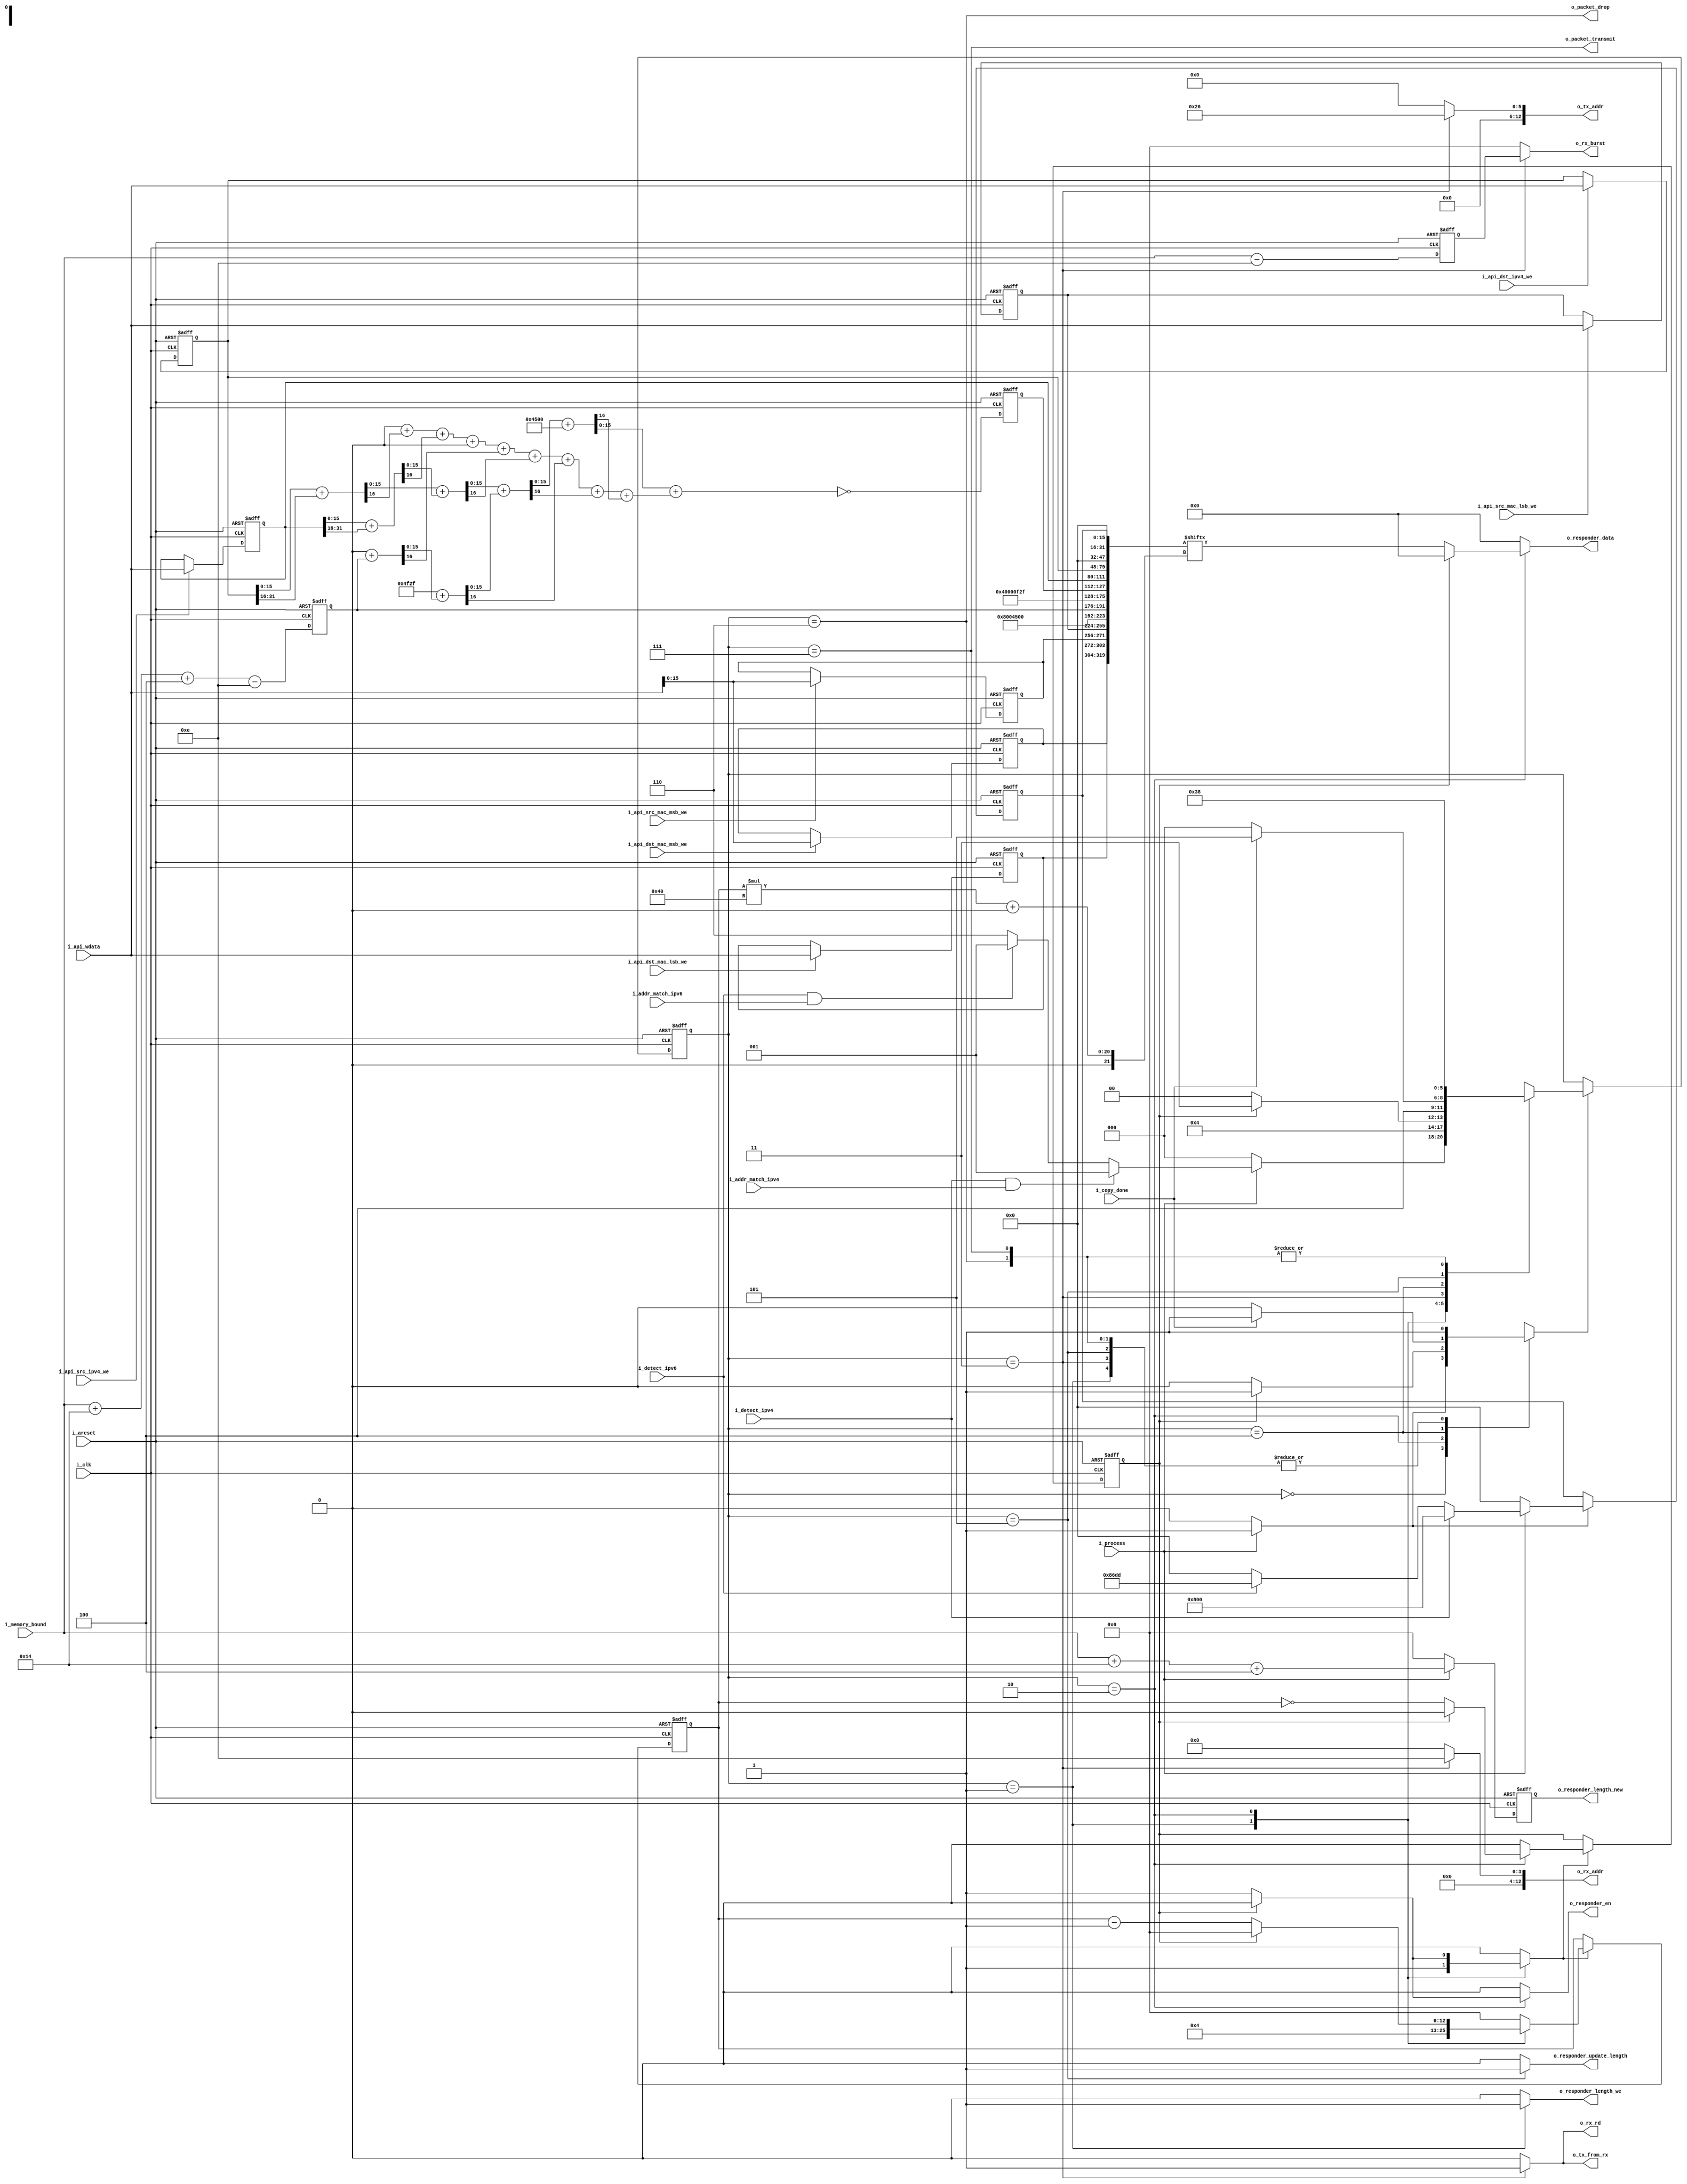
//======================================================================
//
// ctrl_gre.v
// ----------
// Control for the default packets GRE wrapping functionality.
//
//
//
//
// Copyright 2019 Netnod Internet Exchange i Sverige AB
//
// Redistribution and use in source and binary forms, with or without
// modification, are permitted provided that the following conditions
// are met:
//
// 1. Redistributions of source code must retain the above copyright
//    notice, this list of conditions and the following disclaimer.
//
// 2. Redistributions in binary form must reproduce the above copyright
//    notice, this list of conditions and the following disclaimer in
//    the documentation and/or other materials provided with the
//    distribution.
//
// 3. Neither the name of the copyright holder nor the names of its
//    contributors may be used to endorse or promote products derived
//    from this software without specific prior written permission.
//
// THIS SOFTWARE IS PROVIDED BY THE COPYRIGHT HOLDERS AND CONTRIBUTORS
// "AS IS" AND ANY EXPRESS OR IMPLIED WARRANTIES, INCLUDING, BUT NOT
// LIMITED TO, THE IMPLIED WARRANTIES OF MERCHANTABILITY AND FITNESS
// FOR A PARTICULAR PURPOSE ARE DISCLAIMED. IN NO EVENT SHALL THE
// COPYRIGHT HOLDER OR CONTRIBUTORS BE LIABLE FOR ANY DIRECT, INDIRECT,
// INCIDENTAL, SPECIAL, EXEMPLARY, OR CONSEQUENTIAL DAMAGES (INCLUDING,
// BUT NOT LIMITED TO, PROCUREMENT OF SUBSTITUTE GOODS OR SERVICES;
// LOSS OF USE, DATA, OR PROFITS; OR BUSINESS INTERRUPTION) HOWEVER
// CAUSED AND ON ANY THEORY OF LIABILITY, WHETHER IN CONTRACT, STRICT
// LIABILITY, OR TORT (INCLUDING NEGLIGENCE OR OTHERWISE) ARISING IN
// ANY WAY OUT OF THE USE OF THIS SOFTWARE, EVEN IF ADVISED OF THE
// POSSIBILITY OF SUCH DAMAGE.
//
//======================================================================

module ctrl_gre #(
  parameter ADDR_WIDTH = 10
) (
  input i_clk,
  input i_areset,

  input i_detect_ipv4,
  input i_detect_ipv6,
  input i_addr_match_ipv4,
  input i_addr_match_ipv6,

  input        i_api_dst_mac_msb_we,
  input        i_api_dst_mac_lsb_we,
  input        i_api_dst_ipv4_we,
  input        i_api_src_mac_msb_we,
  input        i_api_src_mac_lsb_we,
  input        i_api_src_ipv4_we,
  input [31:0] i_api_wdata,

  input                     i_process,

  input  [ADDR_WIDTH+3-1:0] i_memory_bound,
  input                     i_copy_done,

  output                    o_rx_rd,
  output [ADDR_WIDTH+3-1:0] o_rx_addr,
  output [ADDR_WIDTH+3-1:0] o_rx_burst,

  output [ADDR_WIDTH+3-1:0] o_tx_addr,
  output                    o_tx_from_rx,

  output                    o_responder_en,
  output             [63:0] o_responder_data,
  output                    o_responder_update_length,
  output                    o_responder_length_we,
  output [ADDR_WIDTH+3-1:0] o_responder_length_new,

  output o_packet_transmit,
  output o_packet_drop
);

  //----------------------------------------------------------------
  // Internal constant and parameter definitions.
  //----------------------------------------------------------------

  localparam BITS_STATE = 3;
  localparam [BITS_STATE-1:0] STATE_IDLE          = 3'h0;
  localparam [BITS_STATE-1:0] STATE_INIT          = 3'h1;
  localparam [BITS_STATE-1:0] STATE_RESPOND       = 3'h2;
  localparam [BITS_STATE-1:0] STATE_COPY          = 3'h3;
  localparam [BITS_STATE-1:0] STATE_COPY_D        = 3'h4;
  localparam [BITS_STATE-1:0] STATE_UPDATE_LENGTH = 3'h5;
  localparam [BITS_STATE-1:0] STATE_DROP          = 3'h6;
  localparam [BITS_STATE-1:0] STATE_TRANSMIT      = 3'h7;

  localparam [15:0] E_TYPE_IPV4 =  16'h08_00;
  localparam [15:0] E_TYPE_IPV6 =  16'h86_DD;

  localparam [3:0] IP_V4        =  4'h4;
  localparam  [7:0] IPV4_TOS     = 0;
  localparam  [2:0] IPV4_FLAGS   = 3'b010; // Reserved=0, must be zero. DF=1 (don't fragment). MF=0 (Last Fragment)
  localparam  [7:0] IPV4_TTL     = 8'h0f;
  localparam [12:0] IPV4_FRAGMENT_OFFSET = 0;

  localparam  [7:0] IP_PROTO_GRE = 47;

  localparam [ 0:0] GRE_CHECKSUM_PRESENT_FALSE = 0;
  localparam [11:0] GRE_RESERVED0_ALL_ZERO = 0;
  localparam  [2:0] GRE_VERSION_0 = 0;

  localparam HEADER_LENGTH_ETHERNET = 6+6+2;
  localparam HEADER_LENGTH_IPV4     = 5*4; //IHL=5, word size 4 bytes.
  localparam HEADER_LENGTH_GRE      = 4;

  localparam OFFSET_GRE_PAYLOAD     = HEADER_LENGTH_ETHERNET + HEADER_LENGTH_IPV4 + HEADER_LENGTH_GRE;


  //----------------------------------------------------------------
  // Registers
  //----------------------------------------------------------------

  reg                  state_we;
  reg [BITS_STATE-1:0] state_new;
  reg [BITS_STATE-1:0] state_reg;

  reg    [31:0] mac_dst_lsb_reg;
  reg    [15:0] mac_dst_msb_reg;
  wire   [47:0] mac_dst;
  assign        mac_dst = { mac_dst_msb_reg, mac_dst_lsb_reg };

  reg    [31:0] mac_src_lsb_reg;
  reg    [15:0] mac_src_msb_reg;
  wire   [47:0] mac_src;
  assign        mac_src = { mac_src_msb_reg, mac_src_lsb_reg };

  reg [31:0] ip_dst_reg;
  reg [31:0] ip_src_reg;

  reg        gre_protocol_we;
  reg [15:0] gre_protocol_new;
  reg [15:0] gre_protocol_reg;

  reg respond_done_we;
  reg respond_done_new;
  reg respond_done_reg;

  reg [15:0] tx_ipv4_totlen_new;
  reg [15:0] tx_ipv4_totlen_reg;

  reg [15:0] tx_ipv4_csum_new;
  reg [15:0] tx_ipv4_csum_reg;

  reg                          response_en_new;
  reg                   [63:0] response_data_new;
  reg                          response_length_we;
  reg       [ADDR_WIDTH+3-1:0] response_packet_total_length_new;
  reg       [ADDR_WIDTH+3-1:0] response_packet_total_length_reg;

  reg                          responder_update_length;
  reg                    respond_ctr_we;
  reg [ADDR_WIDTH+3-1:0] respond_ctr_new;
  reg [ADDR_WIDTH+3-1:0] respond_ctr_reg;

  wire    [111:0] tx_header_ethernet;
  wire [16*5-1:0] tx_header_ipv4_nocsum0;
  wire [16*4-1:0] tx_header_ipv4_nocsum1;
  wire [32*5-1:0] tx_header_ipv4;
  wire     [31:0] tx_header_gre;
  wire [38*8-1:0] tx_header_eth_ipv4_gre;
  wire    [319:0] tx_header_eth_ipv4_gre_padded;

  reg                    rx_rd;
  reg [ADDR_WIDTH+3-1:0] rx_addr;
  reg [ADDR_WIDTH+3-1:0] rx_burst;

  reg [ADDR_WIDTH+3-1:0] tx_addr;
  reg                    tx_from_rx;

  reg [ADDR_WIDTH+3-1:0] bytes_to_copy_new;
  reg [ADDR_WIDTH+3-1:0] bytes_to_copy_reg;

  //----------------------------------------------------------------
  // Responder (TX delayed) outputs
  //----------------------------------------------------------------

  assign o_responder_en = response_en_new;
  assign o_responder_data = response_data_new;
  assign o_responder_length_we = response_length_we;
  assign o_responder_length_new = response_packet_total_length_reg;
  assign o_responder_update_length = responder_update_length;

  //----------------------------------------------------------------
  // RX access port outs
  //----------------------------------------------------------------

  assign o_rx_rd = rx_rd;
  assign o_rx_addr = rx_addr;
  assign o_rx_burst = rx_burst;

  //----------------------------------------------------------------
  // TX outs
  //----------------------------------------------------------------

  assign o_tx_addr = tx_addr;
  assign o_tx_from_rx = tx_from_rx;

  //----------------------------------------------------------------
  // State outs
  //----------------------------------------------------------------

  assign o_packet_transmit = state_reg == STATE_TRANSMIT;
  assign o_packet_drop     = state_reg == STATE_DROP;

  //----------------------------------------------------------------
  // Functions
  //----------------------------------------------------------------

  function [16:0] calc_csum16 ( input [15:0] a, input [15:0] b );
    calc_csum16 = { 1'b0, a } + { 1'b0, b };
  endfunction

  function [15:0] ipv4_csum ( input [16*9-1:0] header );

    integer     i;

    reg  [8:0] carry;
    reg  [7:0] msb; // Largest possible msb is 8 as in 9*0xFFFF=0x8FFF7
    reg [15:0] sum0 [0:4];
    reg [15:0] sum1 [0:1];
    reg [15:0] sum2;
    reg [15:0] sum3;
    reg [15:0] sum4;
    reg [15:0] notsum4;

  begin
    for (i = 0; i < 4; i = i+1) begin
      { carry[i], sum0[i] } = calc_csum16( header[i*32+:16], header[i*32+16+:16] );
    end
    for (i = 0; i < 2; i = i+1) begin
      { carry[4+i], sum1[i] } = calc_csum16( sum0[2*i], sum0[2*i+1] );
    end
    { carry[6], sum2 } = calc_csum16( sum1[0], sum1[1] );
    { carry[7], sum3 } = calc_csum16( sum2, header[143-:16] );

    msb = 0;
    for (i = 0; i < 8; i = i + 1) begin
      msb = msb + { 7'h0, carry[i] };
    end

    sum4 = sum3 + { 8'h0, msb }; //Cannot overflow! 0x8FFF7 = 0x8 + 0xFFF7 = 0xFFFF
    notsum4 = ~sum4;
    ipv4_csum = notsum4;
  end
  endfunction

  //----------------------------------------------------------------
  // IPV4 header checksum calculation
  //----------------------------------------------------------------

  always @*
  begin : ipv4_calc_proc
    reg [16*9-1:0] words;
    words = { tx_header_ipv4_nocsum0, tx_header_ipv4_nocsum1 };
    tx_ipv4_csum_new = ipv4_csum( words );
  end

  //----------------------------------------------------------------
  // IPV4 total length caluclation
  //----------------------------------------------------------------

  always @*
  begin
    tx_ipv4_totlen_new = 0;
    tx_ipv4_totlen_new[ADDR_WIDTH+3-1:0] = i_memory_bound;
    tx_ipv4_totlen_new = tx_ipv4_totlen_new
                       + HEADER_LENGTH_IPV4
                       + HEADER_LENGTH_GRE
                       - HEADER_LENGTH_ETHERNET;
  end

  always @*
  begin
    response_packet_total_length_new = 0;
    if (i_process) begin
      response_packet_total_length_new = i_memory_bound
                                       + HEADER_LENGTH_IPV4
                                       + HEADER_LENGTH_GRE;
    end
  end


  //----------------------------------------------------------------
  // GRE protocol type
  //----------------------------------------------------------------

  always @*
  begin
    gre_protocol_we = 0;
    gre_protocol_new = 0;
    if (i_process) begin
      if (i_detect_ipv4) begin
        gre_protocol_we = 1;
        gre_protocol_new = E_TYPE_IPV4;
      end else if (i_detect_ipv6) begin
        gre_protocol_we = 1;
        gre_protocol_new = E_TYPE_IPV6;
      end else begin
        gre_protocol_we = 1;
        gre_protocol_new = 0;
      end
    end
  end


  //----------------------------------------------------------------
  // GRE payload data length (bytes to copy)
  //----------------------------------------------------------------

  always @*
  begin
    bytes_to_copy_new = i_memory_bound - HEADER_LENGTH_ETHERNET;
  end


  assign tx_header_ethernet = {
                                mac_dst,
                                mac_src,
                                E_TYPE_IPV4
                              };

  assign tx_header_ipv4_nocsum0 = {
           IP_V4, 4'h5, IPV4_TOS, tx_ipv4_totlen_reg,  //|Version|  IHL  |Type of Service|          Total Length         |
           16'h0000, IPV4_FLAGS, IPV4_FRAGMENT_OFFSET, //|         Identification        |Flags|      Fragment Offset    |
           IPV4_TTL, IP_PROTO_GRE };                   //|  Time to Live |    Protocol   |         Header Checksum       |
  assign tx_header_ipv4_nocsum1 = {
           ip_src_reg,                                 //|                       Source Address                          |
           ip_dst_reg };                               //|                    Destination Address                        |

  assign tx_header_ipv4 = { tx_header_ipv4_nocsum0, tx_ipv4_csum_reg, tx_header_ipv4_nocsum1 };
  assign tx_header_gre = {
                           GRE_CHECKSUM_PRESENT_FALSE,
                           GRE_RESERVED0_ALL_ZERO,
                           GRE_VERSION_0,
                           gre_protocol_reg
                         };

  assign tx_header_eth_ipv4_gre = { tx_header_ethernet, tx_header_ipv4, tx_header_gre };

  assign tx_header_eth_ipv4_gre_padded = { tx_header_eth_ipv4_gre, 16'h0 };

  //----------------------------------------------------------------
  // GRE header responder.
  //----------------------------------------------------------------

  always @*
  begin
    rx_addr = 0;
    rx_burst = 0;
    rx_rd = 0;
    tx_addr = 0;
    tx_from_rx = 0;
    response_en_new = 0;
    response_data_new = 0;
    respond_done_we = 0;
    respond_done_new = 0;
    response_length_we = 0;
    responder_update_length = 0;

    respond_ctr_we = 0;
    respond_ctr_new = 0;

    case (state_reg)
      STATE_INIT:
       begin
         response_length_we = 1;
         respond_ctr_we = 1;
         respond_ctr_new = 4;
         respond_done_we = 1;
         respond_done_new = 0;
       end
      STATE_RESPOND:
        if (respond_done_reg == 1'b0) begin
          respond_ctr_we = 1;
          respond_ctr_new = respond_ctr_reg - 1;
          response_en_new = 1;
          response_data_new = tx_header_eth_ipv4_gre_padded[respond_ctr_reg*64+:64];
          respond_done_we = 1;
          respond_done_new = respond_ctr_reg == 0;
        end
      STATE_COPY:
        begin
          rx_addr = HEADER_LENGTH_ETHERNET;
          rx_burst = bytes_to_copy_reg;
          rx_rd = 1;
          tx_addr = OFFSET_GRE_PAYLOAD;
          tx_from_rx = 1;
        end
      STATE_UPDATE_LENGTH:
        begin
          responder_update_length = 1;
        end
      default: ;
    endcase
  end

  //----------------------------------------------------------------
  // Finite State Machine
  //----------------------------------------------------------------

  always @*
  begin : fsm
    state_we = 0;
    state_new = 0;
    case (state_reg)
      STATE_IDLE:
        if (i_process) begin
          if (i_detect_ipv4 && i_addr_match_ipv4) begin
            state_we = 1;
            state_new = STATE_INIT;
          end else if (i_detect_ipv6 && i_addr_match_ipv6) begin
            state_we = 1;
            state_new = STATE_INIT;
          end else begin
            state_we = 1;
            state_new = STATE_DROP;
          end
        end
      STATE_INIT:
        begin
          state_we = 1;
          state_new = STATE_RESPOND;
        end
      STATE_RESPOND:
        if (respond_done_reg) begin
          state_we = 1;
          state_new = STATE_COPY;
        end
      STATE_COPY:
        begin
          state_we = 1;
          state_new = STATE_COPY_D;
        end
      STATE_COPY_D:
        if (i_copy_done) begin
          state_we = 1;
          state_new = STATE_UPDATE_LENGTH;
        end
      STATE_UPDATE_LENGTH:
        begin
          state_we = 1;
          state_new = STATE_TRANSMIT;
        end
      STATE_DROP:
        begin
          state_we = 1;
          state_new = STATE_IDLE;
        end
      STATE_TRANSMIT:
        begin
          state_we = 1;
          state_new = STATE_IDLE;
        end
      default:
        begin
          state_we = 1;
          state_new = STATE_IDLE;
        end
    endcase
  end

  //----------------------------------------------------------------
  // Finite State Machine
  //----------------------------------------------------------------

  always @(posedge i_clk or posedge i_areset)
  begin : reg_up
    if (i_areset) begin

      bytes_to_copy_reg <= 0;

      mac_dst_lsb_reg  <= 0;
      mac_dst_msb_reg  <= 0;

      mac_src_lsb_reg  <= 0;
      mac_src_msb_reg  <= 0;

      ip_dst_reg <= 0;
      ip_src_reg <= 0;

      gre_protocol_reg <= 0;

      response_packet_total_length_reg <= 0;

      respond_ctr_reg <= 0;
      respond_done_reg <= 0;

      state_reg <= STATE_IDLE;

      tx_ipv4_csum_reg <= 0;
      tx_ipv4_totlen_reg <= 0;
    end else begin

      bytes_to_copy_reg <= bytes_to_copy_new;

      if (i_api_dst_mac_lsb_we)
        mac_dst_lsb_reg <= i_api_wdata;

      if (i_api_dst_mac_msb_we)
        mac_dst_msb_reg <= i_api_wdata[15:0];

      if (i_api_dst_ipv4_we)
        ip_dst_reg <= i_api_wdata;

      if (i_api_src_mac_lsb_we)
        mac_src_lsb_reg <= i_api_wdata;

      if (i_api_src_mac_msb_we)
        mac_src_msb_reg <= i_api_wdata[15:0];

      if (i_api_src_ipv4_we)
        ip_src_reg <= i_api_wdata;

      if (gre_protocol_we)
        gre_protocol_reg <= gre_protocol_new;


      response_packet_total_length_reg <= response_packet_total_length_new;

      if (respond_ctr_we)
        respond_ctr_reg <= respond_ctr_new;

      if (respond_done_we)
        respond_done_reg <= respond_done_new;

      if (state_we)
        state_reg <= state_new;

      tx_ipv4_csum_reg <= tx_ipv4_csum_new;
      tx_ipv4_totlen_reg <= tx_ipv4_totlen_new;
    end
  end

endmodule